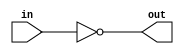
module inverter
	(
		input in,
		output out
	);
	
	assign out = ~in;
	
endmodule

module RingOscillatorBase 
	#(parameter N = 5)
	(
		input  en,
		
		output and_1   /*synthesis keep*/
	);

	wire [N-1:0] notGate /*synthesis keep*/;
	
	genvar i;
	generate
		assign and_1 = en & notGate[N-1];
		assign notGate[0] = ~and_1;
		for (i = 1; i < N; i = i +1) begin: inverter_chain
			inverter inv(notGate[i - 1], notGate[i]);
		end
	endgenerate
endmodule

module RingOscillatorWithModule
	(
		input en,
		output run,
		output out3, out5, out7, out101, out1001, out4999
	);
	
	assign run = en;
	
	RingOscillatorBase #(.N(3)) ring3(en, out3);
	RingOscillatorBase #(.N(5)) ring5(en, out5);
	RingOscillatorBase #(.N(7)) ring7(en, out7);
	RingOscillatorBase #(.N(101)) ring101(en, out101);
	RingOscillatorBase #(.N(1001)) ring1001(en, out1001);
	RingOscillatorBase #(.N(4999)) ring4999(en, out4999);
endmodule